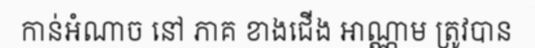
កាន់អំណាច នៅ ភាគ ខាងជើង អាណ្ណាម ត្រូវបាន